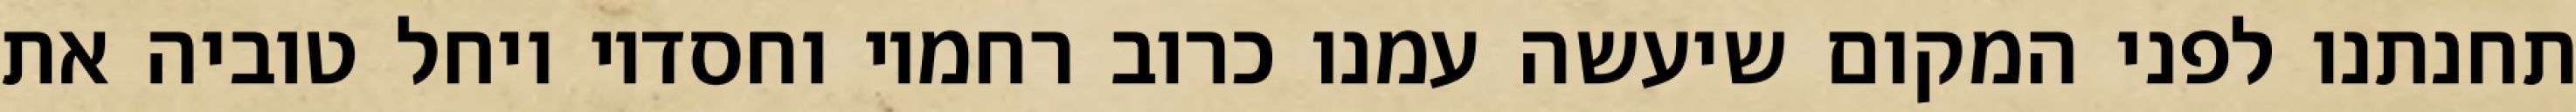
תחנתנו לפני המקום שיעשה עמנו כרוב רחמיו וחסדיו ויחל טוביה את